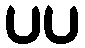
ပပ